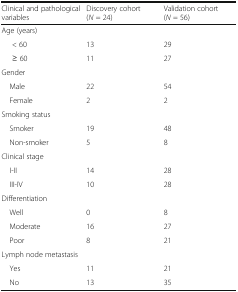
<table><thead><tr><td><b>Clinical and pathological variables</b></td><td><b>Discovery cohort (<i>N</i> = 24)</b></td><td><b>Validation cohort (<i>N</i> = 56)</b></td></tr></thead><tbody><tr><td colspan="3">Age (years)</td></tr><tr><td>&lt; 60</td><td>13</td><td>29</td></tr><tr><td>≥ 60</td><td>11</td><td>27</td></tr><tr><td colspan="3">Gender</td></tr><tr><td> Male</td><td>22</td><td>54</td></tr><tr><td> Female</td><td>2</td><td>2</td></tr><tr><td colspan="3">Smoking status</td></tr><tr><td> Smoker</td><td>19</td><td>48</td></tr><tr><td> Non-smoker</td><td>5</td><td>8</td></tr><tr><td colspan="3">Clinical stage</td></tr><tr><td> I-II</td><td>14</td><td>28</td></tr><tr><td> III-IV</td><td>10</td><td>28</td></tr><tr><td colspan="3">Differentiation</td></tr><tr><td> Well</td><td>0</td><td>8</td></tr><tr><td> Moderate</td><td>16</td><td>27</td></tr><tr><td> Poor</td><td>8</td><td>21</td></tr><tr><td colspan="3">Lymph node metastasis</td></tr><tr><td> Yes</td><td>11</td><td>21</td></tr><tr><td> No</td><td>13</td><td>35</td></tr></tbody></table>